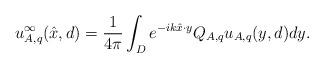
LaTeX: \begin{align*}u_{A,q}^{\infty}(\hat{x},d)=\frac{1}{4\pi} \int_D e^{-ik\hat{x}\cdot y} Q_{A,q}u_{A,q}(y,d)dy.\end{align*}